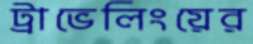
ট্রাভেলিংয়ের